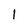
Character: 1